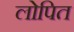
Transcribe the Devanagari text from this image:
लोपित